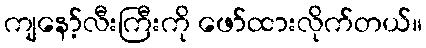
ကျနော့်လီးကြီးကို ဖော်ထားလိုက်တယ်။